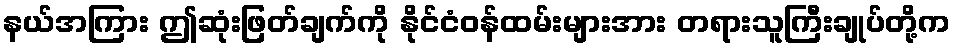
နယ်အကြား ဤဆုံးဖြတ်ချက်ကို နိုင်ငံဝန်ထမ်းများအား တရားသူကြီးချုပ်တို့က